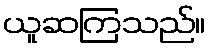
ယူဆကြသည်။